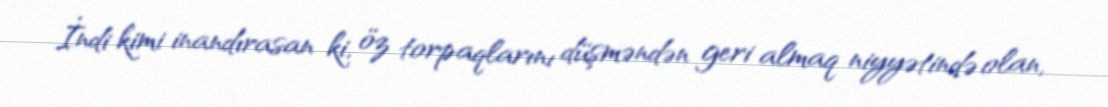
İndi kimi inandırasan ki, öz torpaqlarını düşməndən geri almaq niyyətində olan,